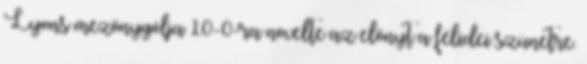
Lyons mezőnygólja 10-0-ra növelte az előnyt a félidei szünetre.